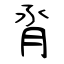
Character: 脀